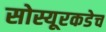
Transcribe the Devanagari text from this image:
सोस्यूरकडेच